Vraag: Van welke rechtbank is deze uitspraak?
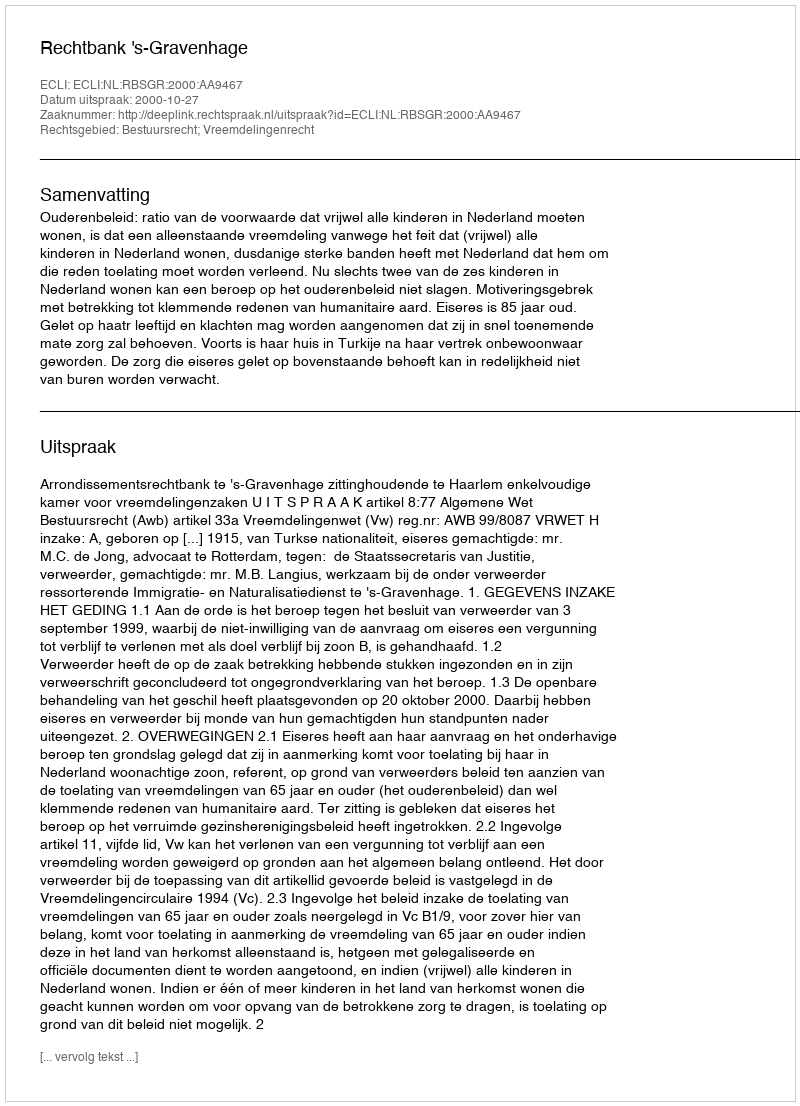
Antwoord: Rechtbank 's-Gravenhage